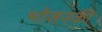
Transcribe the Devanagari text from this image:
भोजनकी